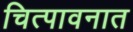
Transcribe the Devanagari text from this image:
चित्पावनात